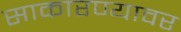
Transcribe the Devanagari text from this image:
साकारण्यावर